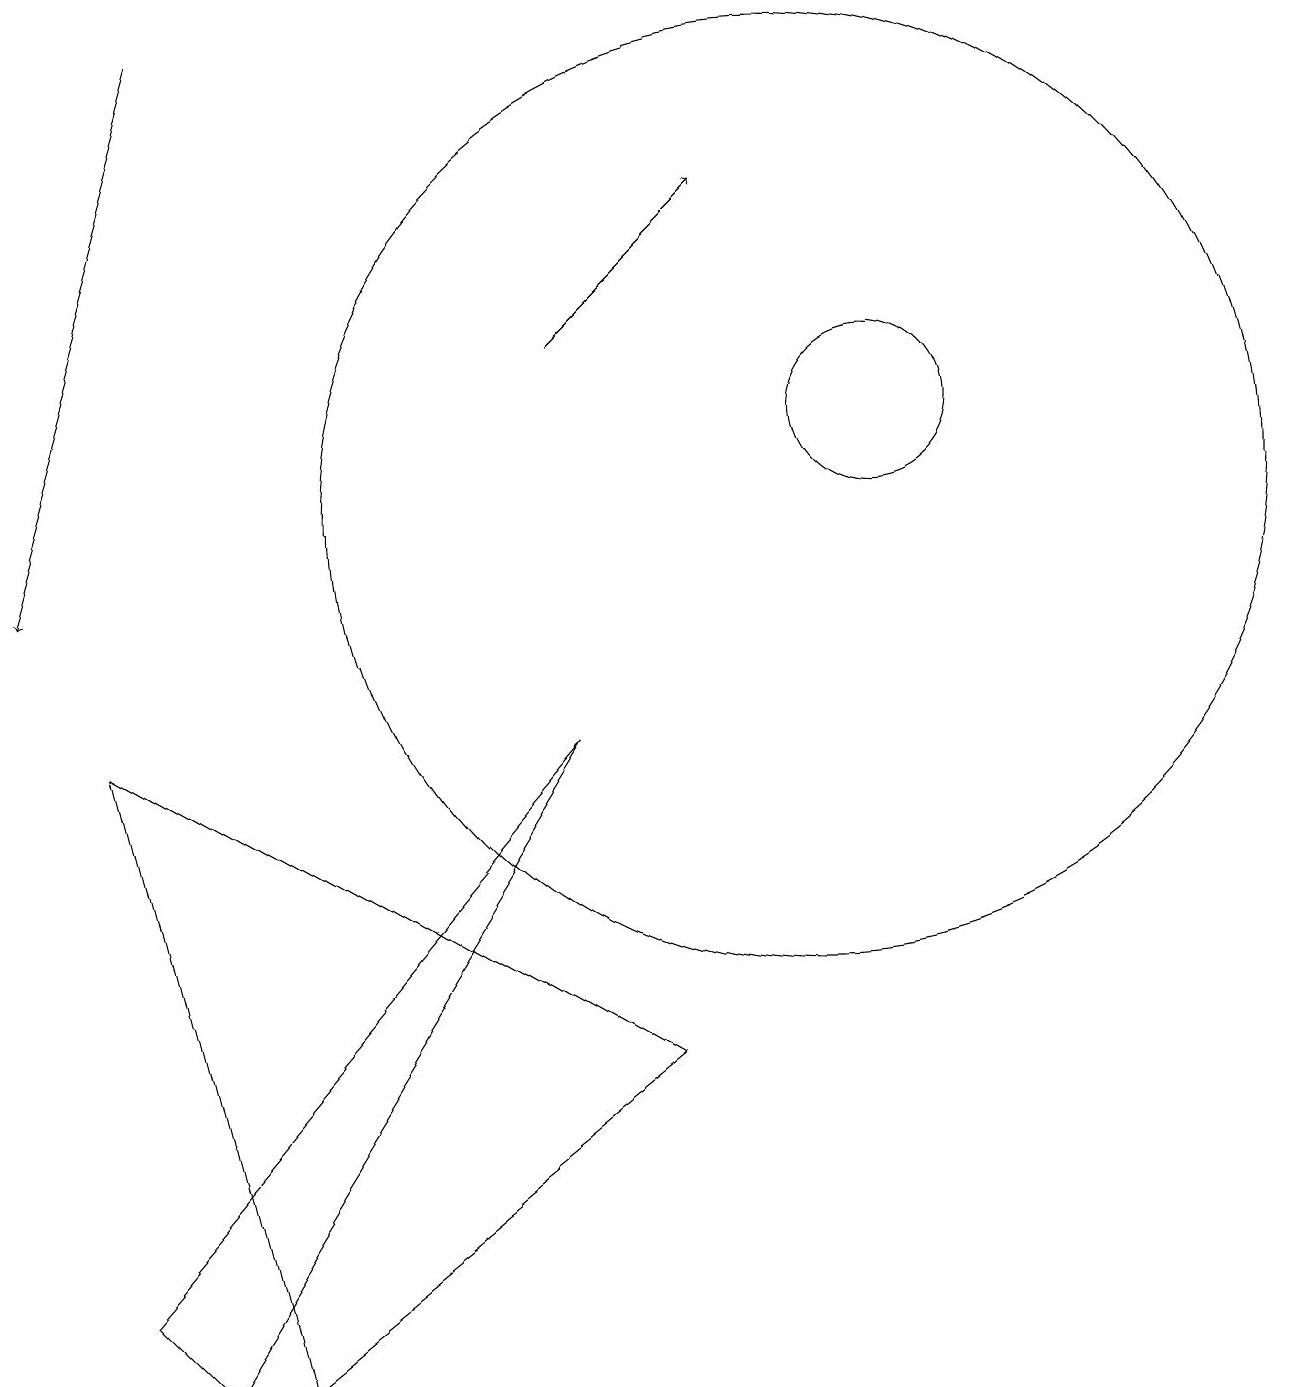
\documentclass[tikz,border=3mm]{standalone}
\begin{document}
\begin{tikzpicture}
\draw[->] (7,13) -- (9,15);
\draw[->] (2,17) -- (0,10);
\draw (11,12) circle (1);
\draw (1,1) -- (2,0) -- (7,8) -- cycle;
\draw (8,4) -- (1,8) -- (3,0) -- cycle;
\draw (10,11) circle (6);
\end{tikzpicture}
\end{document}